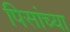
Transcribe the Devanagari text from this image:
पिसांच्या